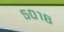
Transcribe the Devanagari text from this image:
५०१६